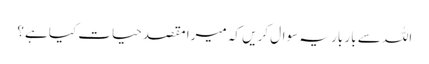
اللہ سے بار بار یہ سوال کریں کہ میرا مقصدِحیات کیا ہے؟